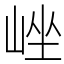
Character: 㟇